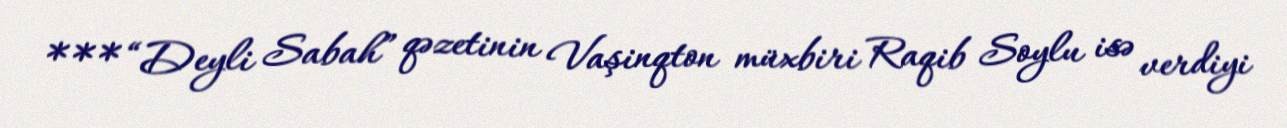
*** “Deyli Sabah” qəzetinin Vaşinqton müxbiri Raqib Soylu isə verdiyi